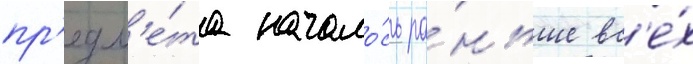
пр'едм'е́та начало́сь ра́ньше вс'е́х